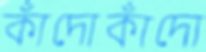
কাঁদোকাঁদো